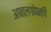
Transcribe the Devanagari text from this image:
आबालगोपमपि